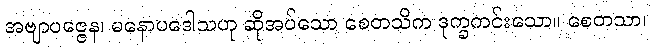
အဗျာပဇ္ဇေန၊ မနောပဒေါသဟု ဆိုအပ်သော စေတသိက ဒုက္ခကင်းသော။ စေတသာ၊